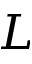
{ \cal L }